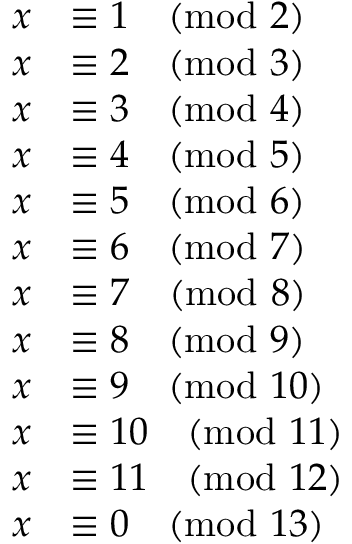
\begin{array} { r l } { x } & { \equiv 1 \pmod 2 } \\ { x } & { \equiv 2 \pmod 3 } \\ { x } & { \equiv 3 \pmod 4 } \\ { x } & { \equiv 4 \pmod 5 } \\ { x } & { \equiv 5 \pmod 6 } \\ { x } & { \equiv 6 \pmod 7 } \\ { x } & { \equiv 7 \pmod 8 } \\ { x } & { \equiv 8 \pmod 9 } \\ { x } & { \equiv 9 \pmod { 1 0 } } \\ { x } & { \equiv 1 0 \pmod { 1 1 } } \\ { x } & { \equiv 1 1 \pmod { 1 2 } } \\ { x } & { \equiv 0 \pmod { 1 3 } } \end{array}